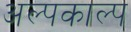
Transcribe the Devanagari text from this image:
अल्पकाल्प